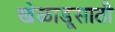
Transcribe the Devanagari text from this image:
खेळाडूसाठी